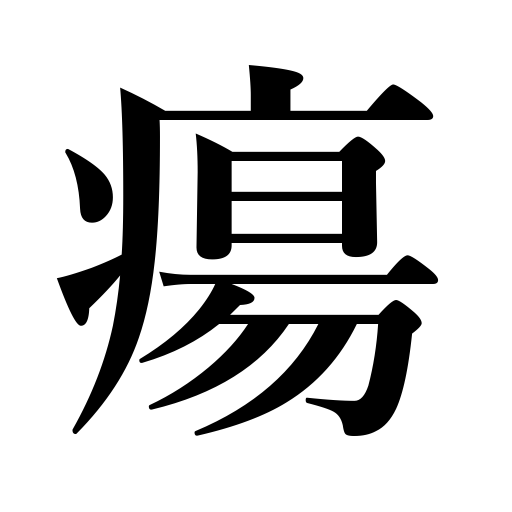
Meanings: carbuncle,boil